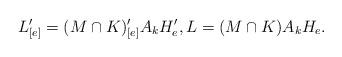
LaTeX: \begin{align*}L_{[e]}'=(M\cap K)_{[e]}'A_kH_e',L =(M\cap K) A_k H_e.\end{align*}